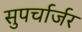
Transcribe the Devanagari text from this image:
सुपर्चार्जर